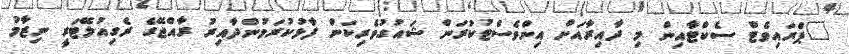
"ޕްރައިވެޓް ސެކްޓާއިން މި ދާއިރާއަށް އިންވެސްޓުކުރަން ޝައުގުވެރިކަން ފާޅުކުރަމުންދާއިރު ރާއްޖޭގެ ރެގިއުލޭޓަރީ ނިޒާމު